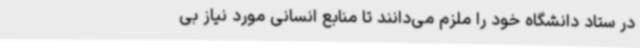
در ستاد دانشگاه خود را ملزم می‌دانند تا منابع انسانی مورد نیاز بی